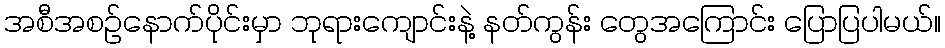
အစီအစဥ်နောက်ပိုင်းမှာ ဘုရားကျောင်းနဲ့ နတ်ကွန်း တွေအကြောင်း ပြောပြပါမယ်။